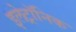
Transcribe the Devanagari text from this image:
इलेट्रॉनिक